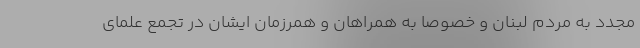
مجدد به مردم لبنان و خصوصاً به همراهان و همرزمان ایشان در تجمع علمای